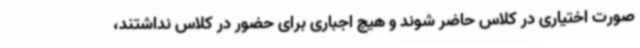
صورت اختیاری در کلاس حاضر شوند و هیچ اجباری برای حضور در کلاس نداشتند،